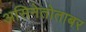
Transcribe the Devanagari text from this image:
असिनेतोताबर